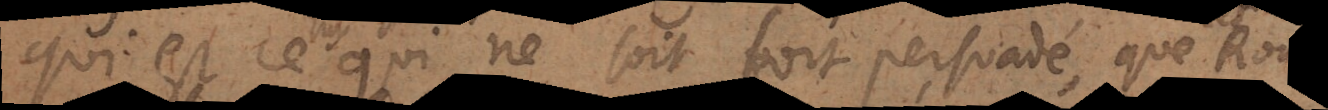
Qui est ce celuy qui ne soit fort persuadé, que